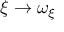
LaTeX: \xi \to \omega _ { \xi }